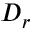
D _ { r }